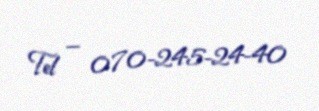
Tel — 070-245-24-40